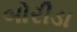
બોરીડા